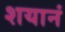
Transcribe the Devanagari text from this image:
शयानं